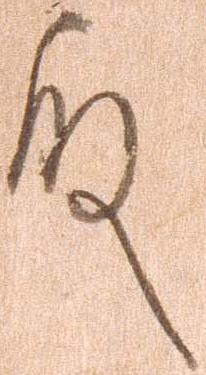
殿